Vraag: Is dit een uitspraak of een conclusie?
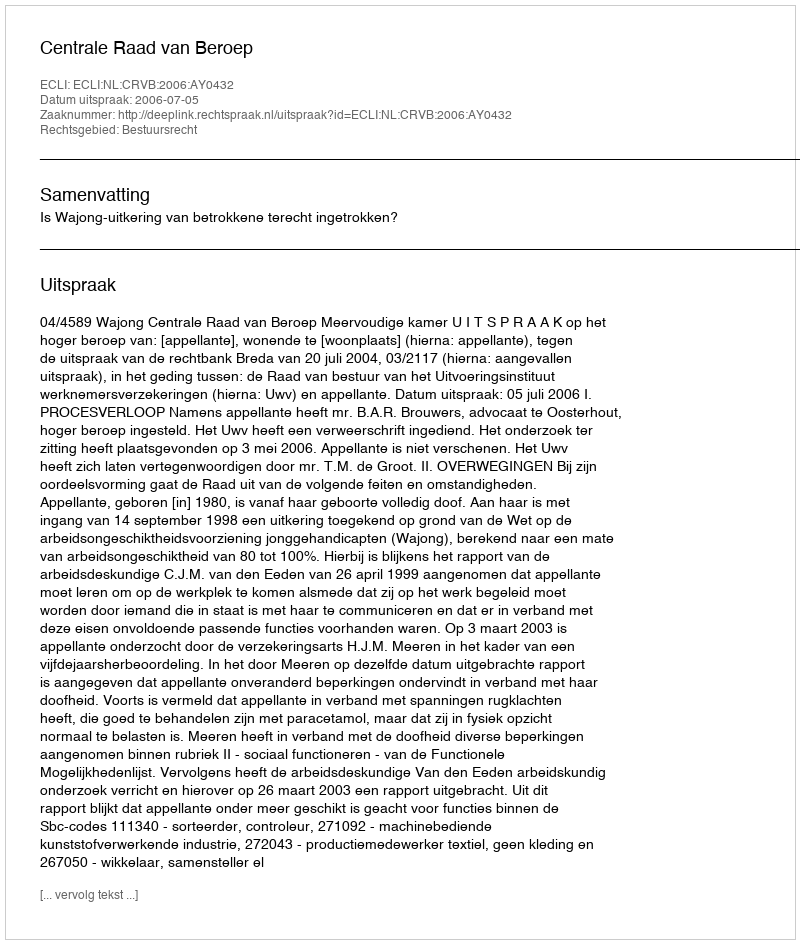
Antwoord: Uitspraak